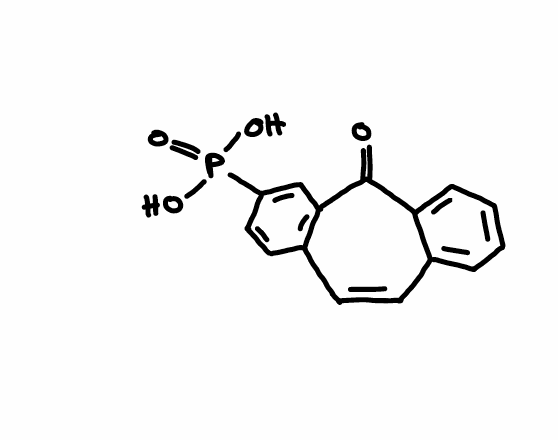
Simplified molecular-input line-entry system (SMILES) notation of the given molecule:
C1=CC=C2C(=C1)C=CC3=C(C2=O)C=C(C=C3)P(=O)(O)O